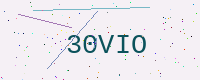
Text: 30VIO